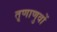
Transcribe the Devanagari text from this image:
तृणाणुवों